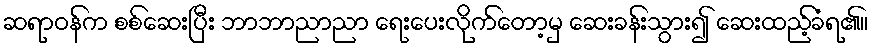
ဆရာဝန်က စစ်ဆေးပြီး ဘာဘာညာညာ ရေးပေးလိုက်တော့မှ ဆေးခန်းသွား၍ ဆေးထည့်ခံရ၏။